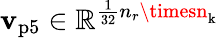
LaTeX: \mathbf{v}_{\mathrm{{p5}}}\in\mathbb{{R}}^{\frac{{1}}{{32}}n_{r}\timesn_{\mathrm{{k}}}}